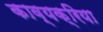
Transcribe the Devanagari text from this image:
काव्यक्रिया